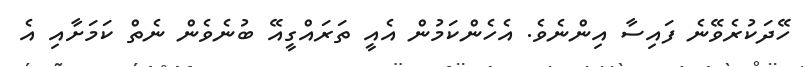
ހޭދަކުރެވޭނެ ފައިސާ އިންނެވެ. އެހެންކަމުން އެއީ ތަރައްގީއޭ ބުނެވެން ނެތް ކަމަށާއި އެ